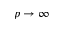
p \rightarrow \infty